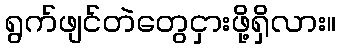
ရွက်ဖျင်တဲတွေငှားဖို့ရှိလား။